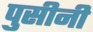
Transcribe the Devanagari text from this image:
पुसीनी